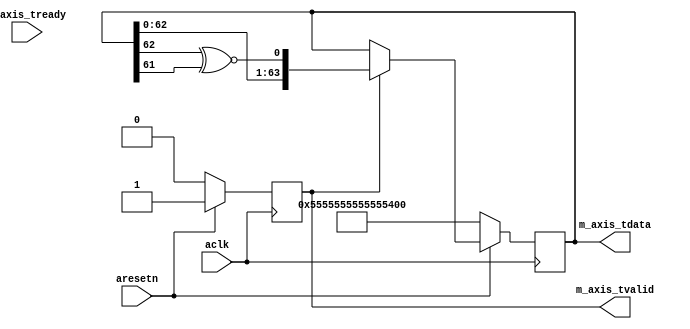
module axis_lfsr #
(
  parameter integer AXIS_TDATA_WIDTH = 64,
  parameter         HAS_TREADY = "FALSE"
)
(
  // System signals
  input  wire                        aclk,
  input  wire                        aresetn,

  // Master side
  input  wire                        m_axis_tready,
  output wire [AXIS_TDATA_WIDTH-1:0] m_axis_tdata,
  output wire                        m_axis_tvalid
);

  reg [AXIS_TDATA_WIDTH-1:0] int_lfsr_reg, int_lfsr_next;
  reg int_enbl_reg, int_enbl_next;

  always @(posedge aclk)
  begin
    if(~aresetn)
    begin
      int_lfsr_reg <= 64'h5555555555555555;
      int_enbl_reg <= 1'b0;
    end
    else
    begin
      int_lfsr_reg <= int_lfsr_next;
      int_enbl_reg <= int_enbl_next;
    end
  end

  generate
    if(HAS_TREADY == "TRUE")
    begin : HAS_TREADY
      always @*
      begin
        int_lfsr_next = int_lfsr_reg;
        int_enbl_next = int_enbl_reg;

        if(~int_enbl_reg)
        begin
          int_enbl_next = 1'b1;
        end

        if(int_enbl_reg & m_axis_tready)
        begin
          int_lfsr_next = {int_lfsr_reg[62:0], int_lfsr_reg[62] ~^ int_lfsr_reg[61]};
        end
      end
    end
    else
    begin : NO_TREADY
      always @*
      begin
        int_lfsr_next = int_lfsr_reg;
        int_enbl_next = int_enbl_reg;

        if(~int_enbl_reg)
        begin
          int_enbl_next = 1'b1;
        end

        if(int_enbl_reg)
        begin
          int_lfsr_next = {int_lfsr_reg[62:0], int_lfsr_reg[62] ~^ int_lfsr_reg[61]};
        end
      end
    end
  endgenerate

  assign m_axis_tdata = int_lfsr_reg;
  assign m_axis_tvalid = int_enbl_reg;

endmodule